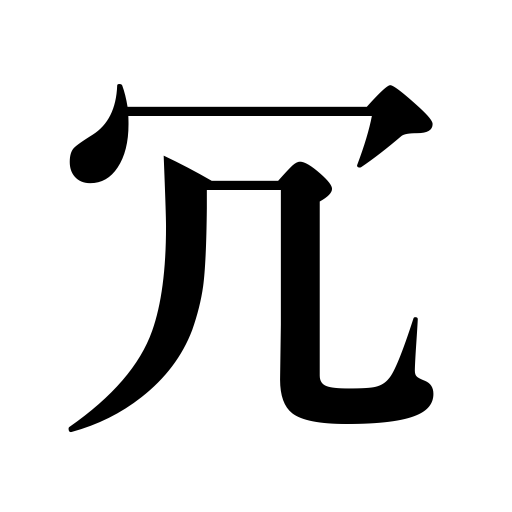
Meanings: uselessness